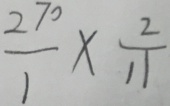
\frac { 2 7 0 } { 1 } \times \frac { 2 } { 1 1 }